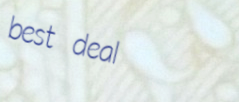
best deal